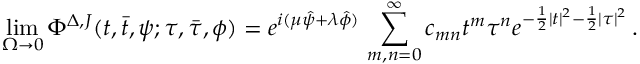
\operatorname * { l i m } _ { \Omega \to 0 } \Phi ^ { \Delta , J } ( t , \bar { t } , \psi ; \tau , \bar { \tau } , \phi ) = e ^ { i ( \mu \hat { \psi } + \lambda \hat { \phi } ) } \, \sum _ { m , n = 0 } ^ { \infty } c _ { m n } t ^ { m } \tau ^ { n } e ^ { - \frac { 1 } { 2 } | t | ^ { 2 } - \frac { 1 } { 2 } | \tau | ^ { 2 } } \, .